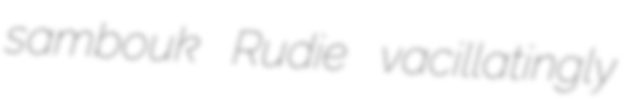
sambouk Rudie vacillatingly